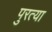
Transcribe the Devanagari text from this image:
पुरत्या